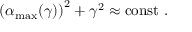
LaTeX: \left( \alpha _ { \mathrm { m a x } } ( \gamma ) \right) ^ { 2 } + \gamma ^ { 2 } \approx \mathrm { c o n s t \ . }